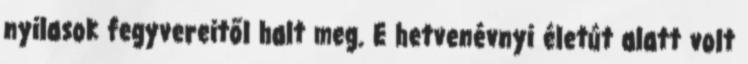
nyilasok fegyvereitől halt meg. E hetvenévnyi életút alatt volt